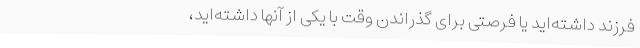
فرزند داشته‌اید یا فرصتی برای گذراندن وقت با یکی از آنها داشته‌اید،